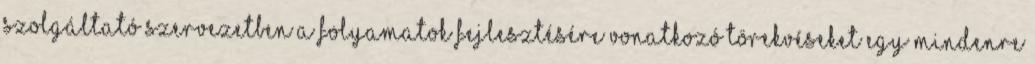
szolgáltató szervezetben a folyamatok fejlesztésére vonatkozó törekvéseket egy mindenre